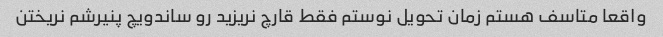
واقعا متاسف هستم زمان تحویل نوستم فقط قارچ نریزید رو ساندویچ پنیرشم نریختن